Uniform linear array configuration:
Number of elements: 24
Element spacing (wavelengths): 0.5
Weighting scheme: uniform
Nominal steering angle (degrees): -60
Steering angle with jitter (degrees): -59.057
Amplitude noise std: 0.05
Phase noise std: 0.05

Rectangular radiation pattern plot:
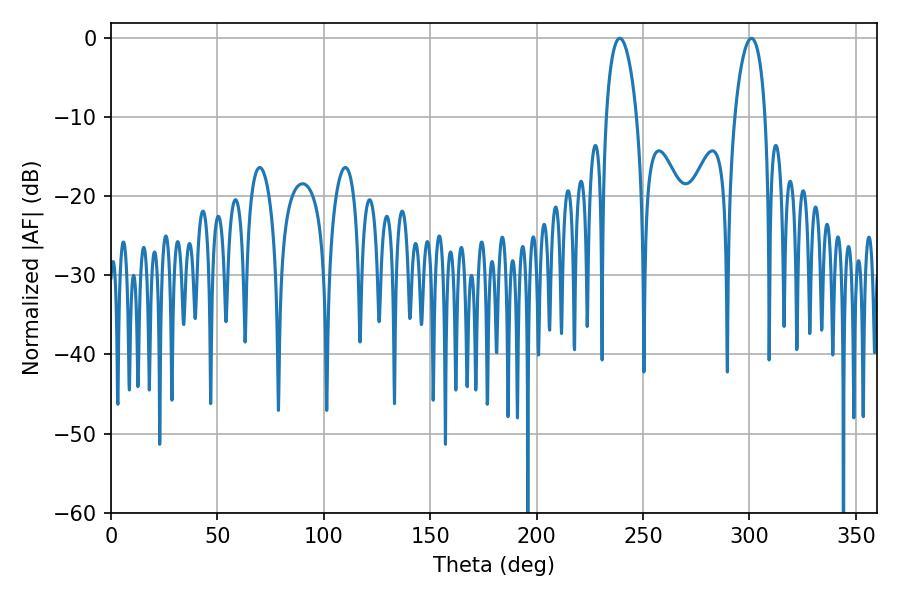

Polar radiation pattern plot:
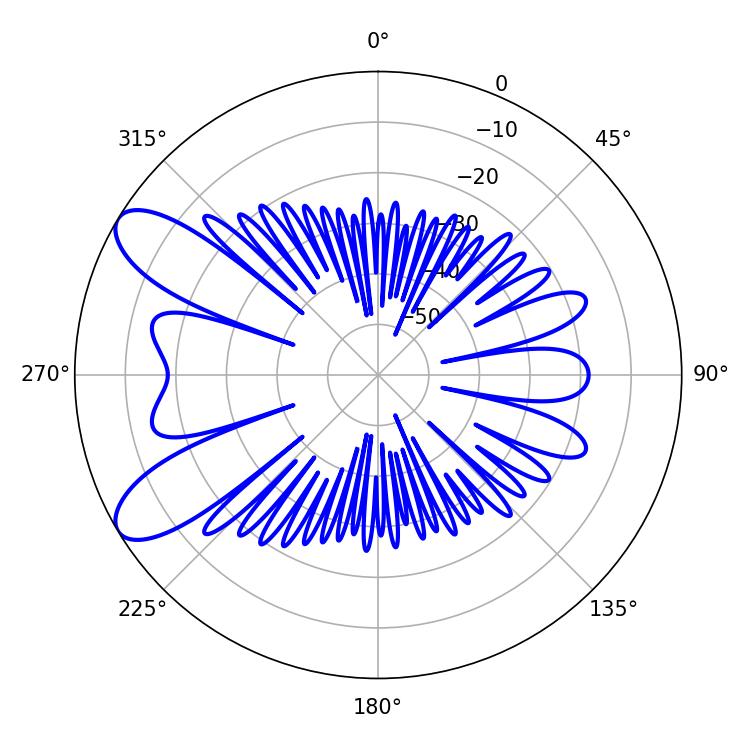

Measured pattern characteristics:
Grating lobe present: FALSE
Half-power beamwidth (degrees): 8.1
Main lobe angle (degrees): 300.96